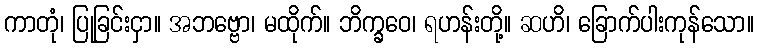
ကာတုံ၊ ပြုခြင်းငှာ။ အဘဗ္ဗော၊ မထိုက်။ ဘိက္ခဝေ၊ ရဟန်းတို့။ ဆဟိ၊ ခြောက်ပါးကုန်သော။